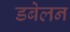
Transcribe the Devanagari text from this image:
डबेलन